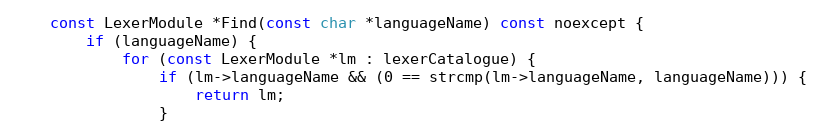
Language: C
	const LexerModule *Find(const char *languageName) const noexcept {
		if (languageName) {
			for (const LexerModule *lm : lexerCatalogue) {
				if (lm->languageName && (0 == strcmp(lm->languageName, languageName))) {
					return lm;
				}